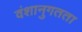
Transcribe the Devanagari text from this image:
वंशानुगतता